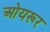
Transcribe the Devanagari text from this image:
ओयरूर